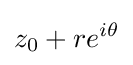
z_{0}+re^{i\theta }